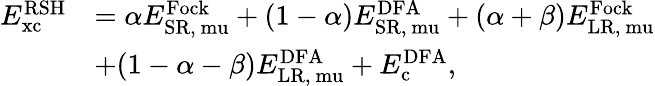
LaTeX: \begin{array}{rl}{E_{\mathrm{{xc}}}^{\mathrm{RSH}}}&{=\alpha E_{\mathrm{{SR,}\ mu}}^{\mathrm{Fock}}+(1-\alpha)E_{\mathrm{{SR,}\ mu}}^{\mathrm{DFA}}+(\alpha+\beta)E_{\mathrm{{LR,}\ mu}}^{\mathrm{Fock}}}\\ &{+(1-\alpha-\beta)E_{\mathrm{{LR,}\ mu}}^{\mathrm{DFA}}+E_{\mathrm{{c}}}^{\mathrm{DFA}},}\end{array}